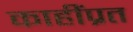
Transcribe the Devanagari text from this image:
काहींप्रत